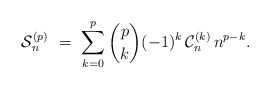
\begin{align*}\mathcal{S}_n^{(p)} \ = \ \sum_{k=0}^{p} \binom{p}{k} (-1)^k \, \mathcal{C}_n^{(k)} \, n^{p-k}.\end{align*}